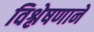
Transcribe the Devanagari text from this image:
विश्लेषणाने